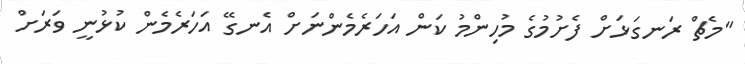
"މެޗް ރަނގަޅަށް ފެށުމުގެ މުހިންމު ކަން އަހަރެމެންނަށް އެނގޭ އަހަރެމެން ކުޅުނީ ވަރަށް